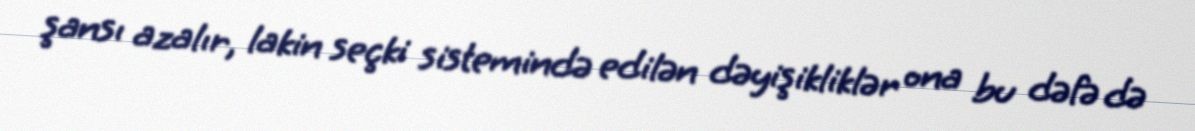
şansı azalır, lakin seçki sistemində edilən dəyişikliklər ona bu dəfə də